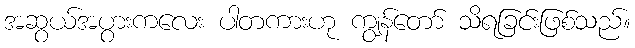
အဆွယ်အပွားကလေး ပါတကားဟု ကျွန်တော် သိရခြင်းဖြစ်သည်။